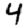
Digit: 4